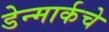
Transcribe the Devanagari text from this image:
डेन्मार्कचे